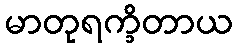
မာတုရက္ခိတာယ